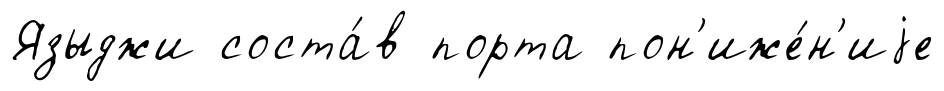
Языджи соста́в порта пон'иже́н'иjе